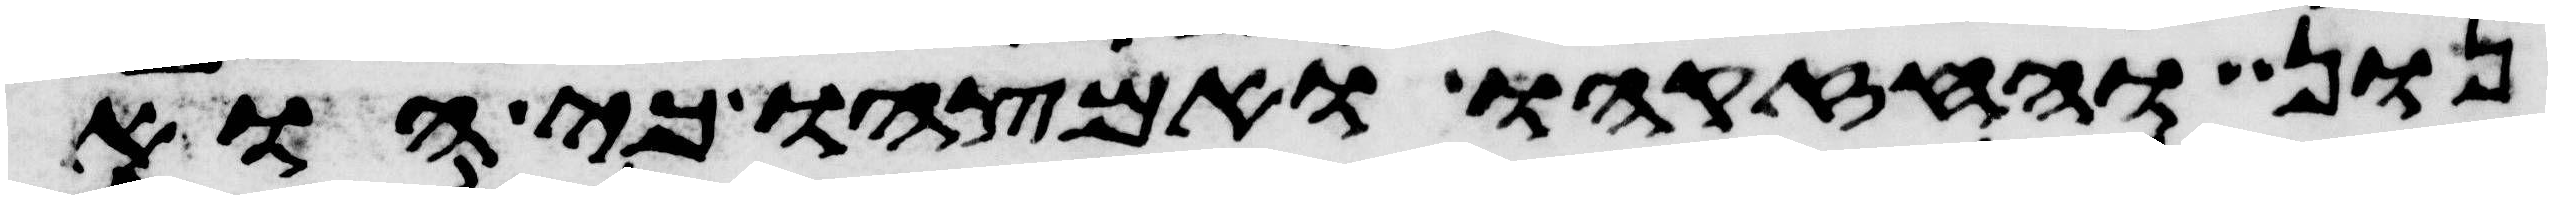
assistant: נון וחזקהו ואמצהו כי הוא